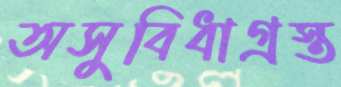
অসুবিধাগ্রস্ত